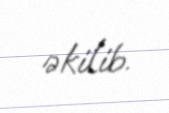
əkilib.